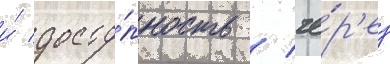
и́ досту́пность / че́р'ез